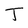
Character: T